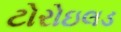
ટોરોઇલડ